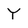
Character: Y